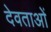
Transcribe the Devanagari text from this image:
देवताअाें